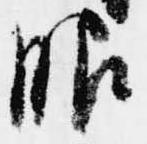
服